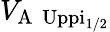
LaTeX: V_{\mathrm{A\, \ Uppi_{1/2}}}